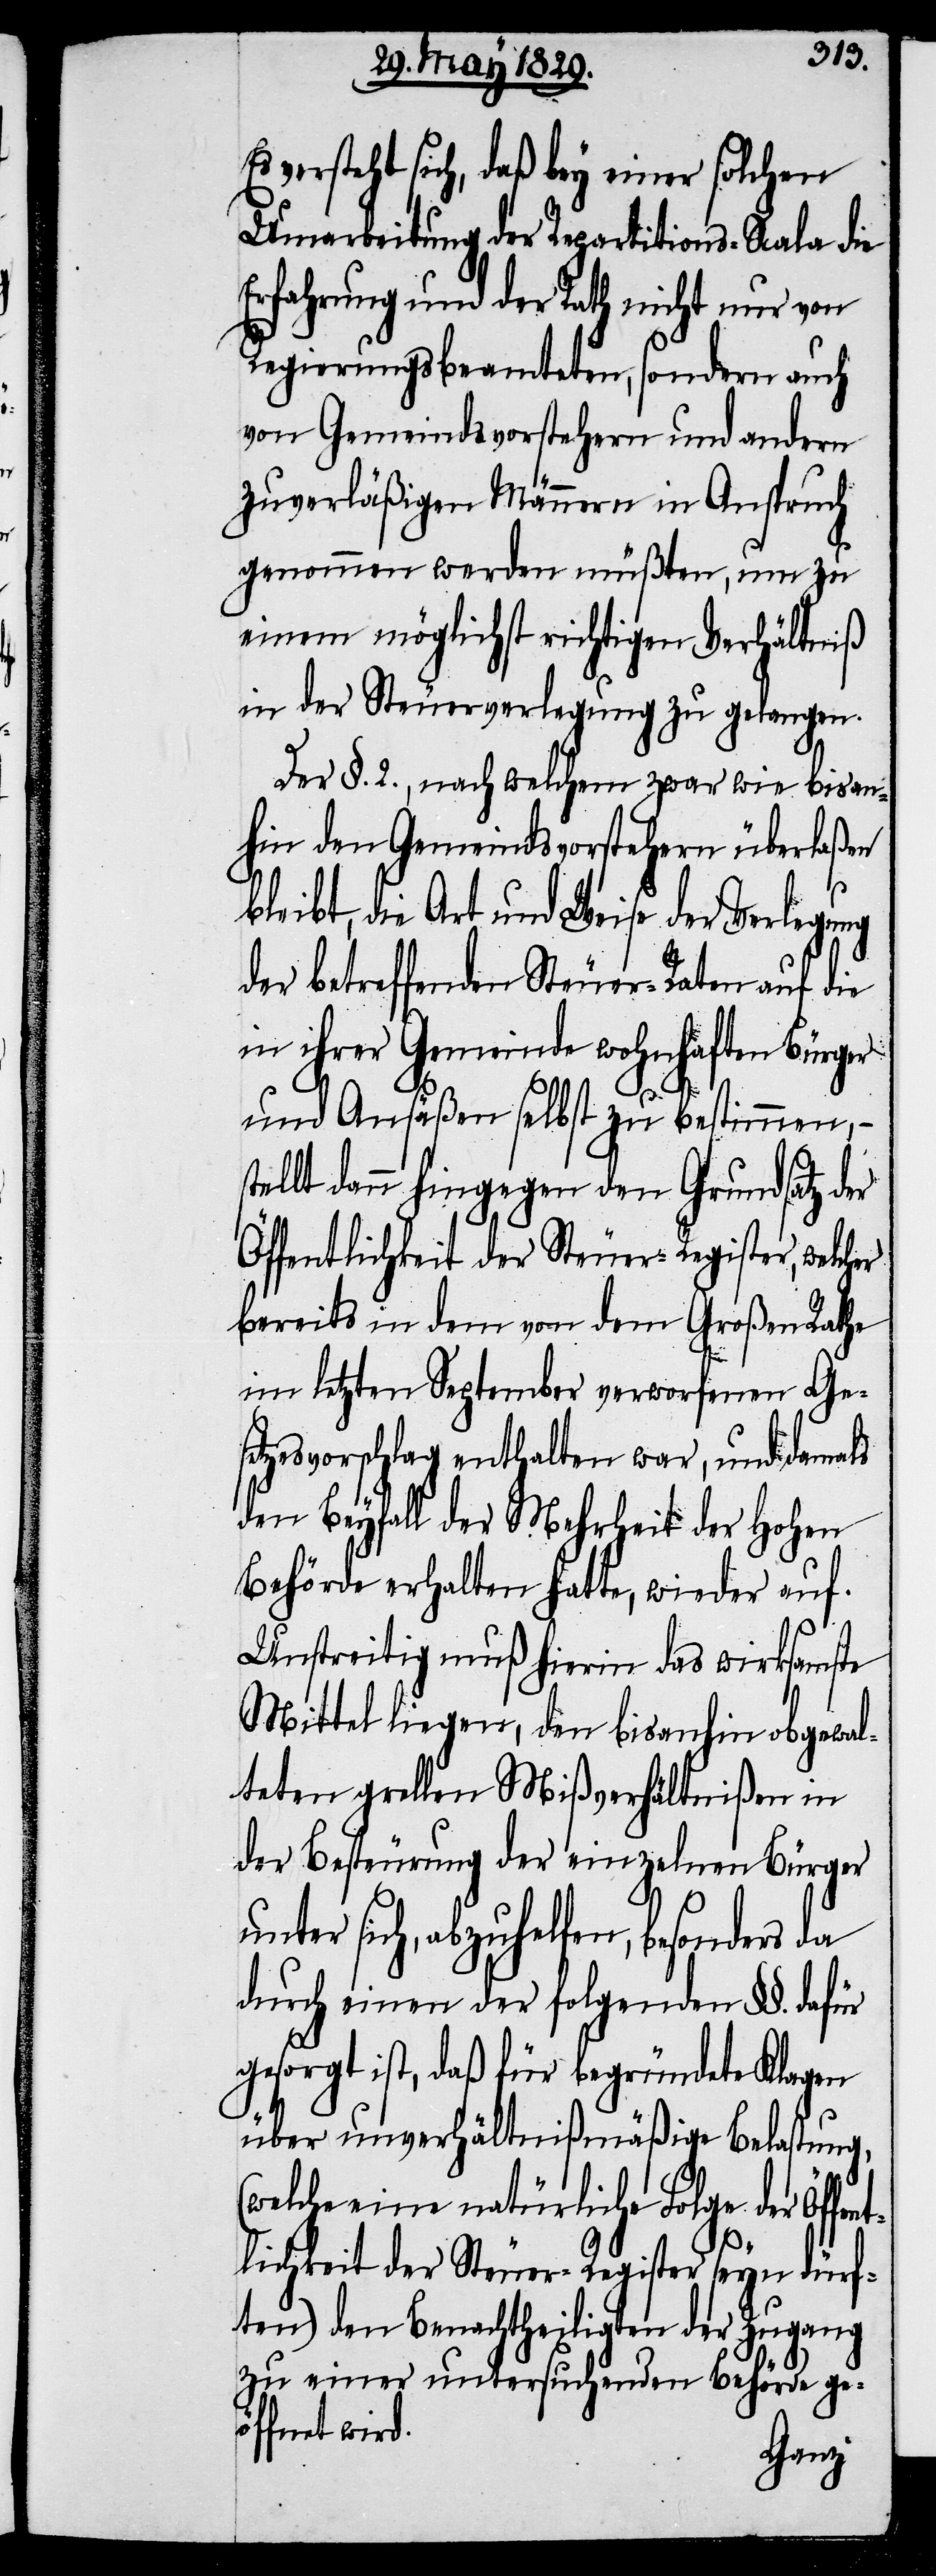
versteht sich, daß bey einer solchen
Umarbeitung der Repartitions-Scala die
Erfahrung und der Rath nicht nur von
Regierungsbeamteten, sondern auch
von Gemeindsvorstehern und andern
zuverläßigen Männern in Anspruch
genommen werden müßten, um zu
einem möglichst richtigen Verhältniß
in der Steuerverlegung zu gelangen.
Der §. 2., nach welchem zwar wie bisan¬
hin den Gemeindsvorstehern überlaßen
bleibt, die Art und Weise der Verlegung
der betreffenden Steuer-Raten auf die
in ihrer Gemeinde wohnhaften Bürger
und Ansäßen selbst zu bestimmen,–
stellt dann hingegen den Grundsatz der
Öffentlichkeit der Steuer-Register, welcher
bereits in dem von dem Großen Rathe
im letzten September verworfenen Ges¬
etzesvorschlag enthalten war, und damals
den Beyfall der Mehrheit der Hohen
Behörde erhalten hatte, wieder auf.
Unstreitig muß hierin das wirksamste
Mittel liegen, den bisanhin obgewal¬
teten grellen Mißverhältnißen in
der Besteurung der einzelnen Bürger
unter sich, abzuhelfen, besonders da
durch einen der folgenden §§. dafür
gesorgt ist, daß für begründete Klagen
über unverhältnißmäßige Belastung,
(welche eine natürliche Folge der Öffe¬
ntlichkeit der Steuer-Register seyn dürf¬
ten) dem Benachtheiligten der Zugang
zu einer untersuchenden Behörde geö¬
ffnet wird.